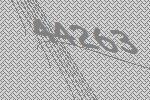
44263